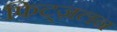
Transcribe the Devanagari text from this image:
फिट्ज़लन